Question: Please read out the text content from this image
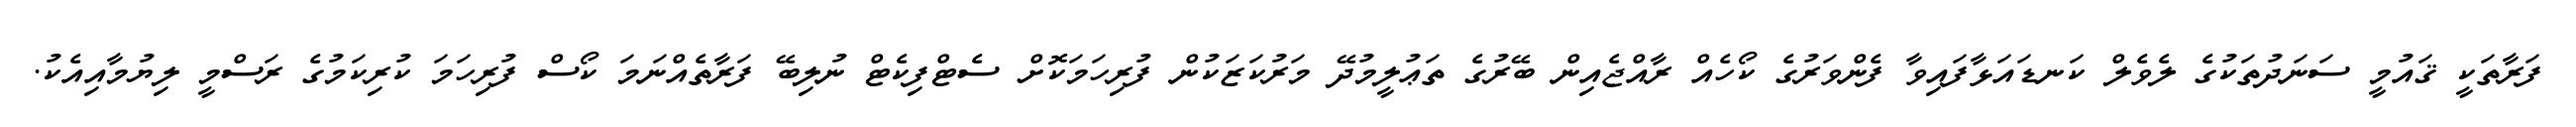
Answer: ފަރާތަކީ ޤައުމީ ސަނަދުތަކުގެ ލެވެލް ކަނޑައަޅާފައިވާ ފެންވަރުގެ ކޯހެއް ރާއްޖެއިން ބޭރުގެ ތަޢުލީމުދޭ މަރުކަޒަކުން ފުރިހަމަކޮށް ސެޓްފިކެޓް ނުލިބޭ ފަރާތެއްނަމަ ކޯސް ފުރިހަމަ ކުރިކަމުގެ ރަސްމީ ލިޔުމާއިއެކު.